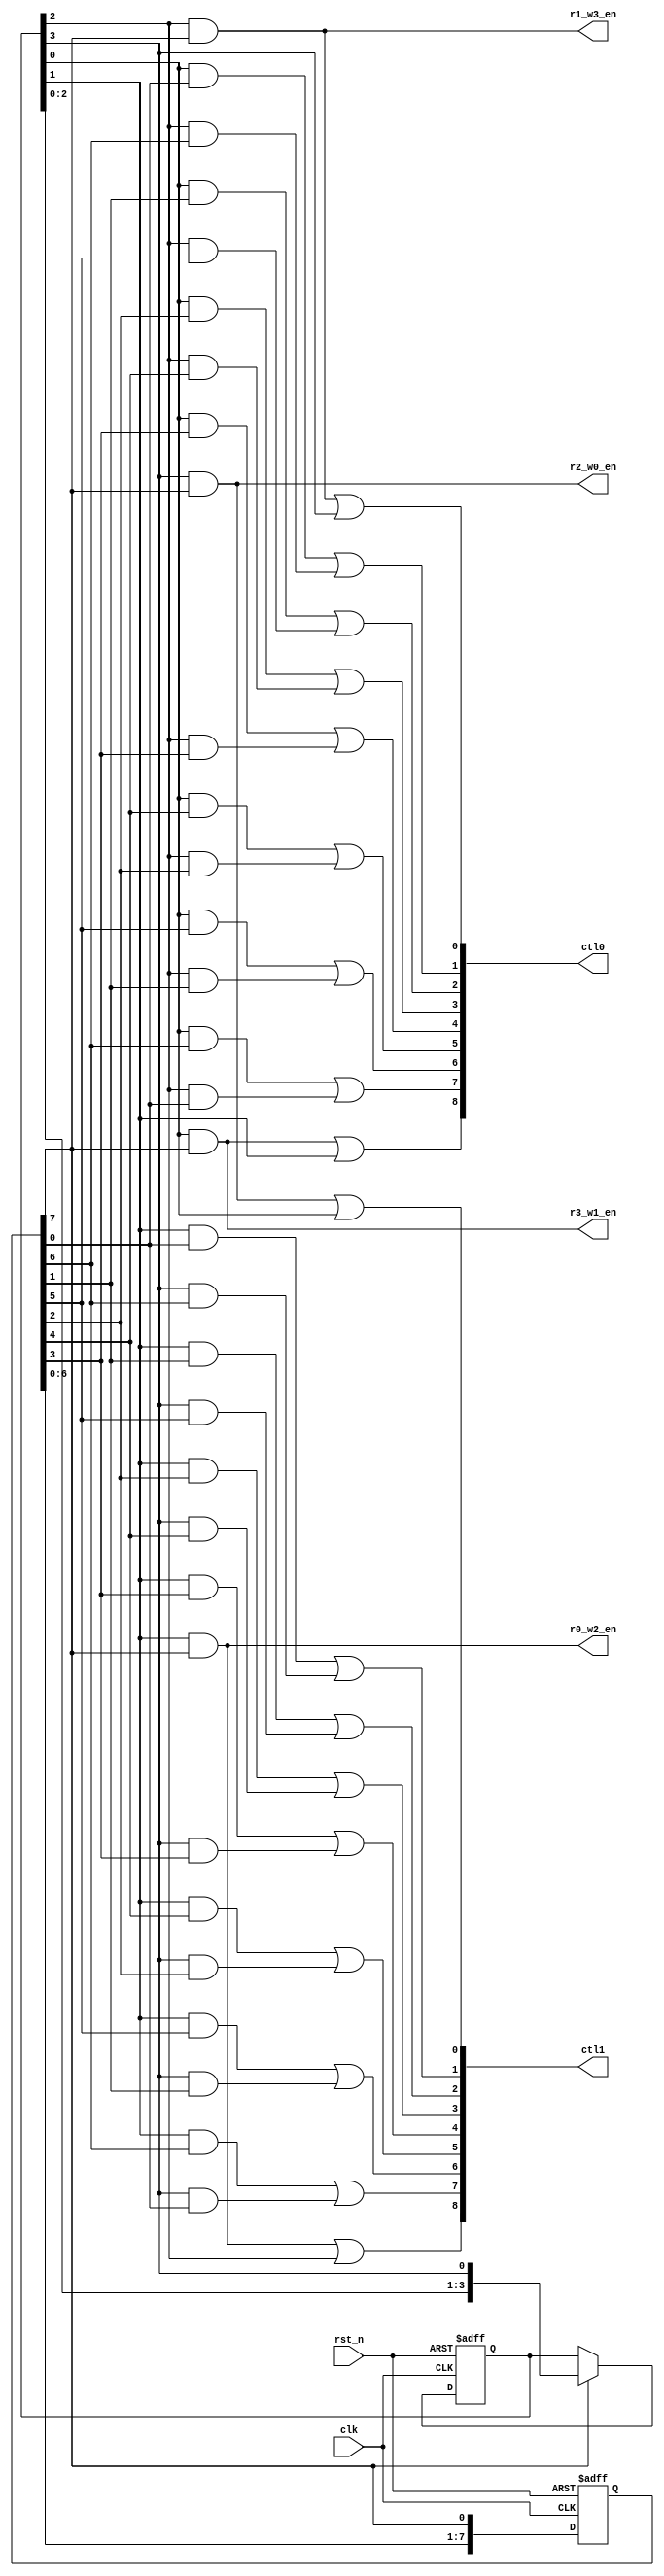
/*
 * Copyright (c) 2024 Christopher Pacejo
 * SPDX-License-Identifier: Apache-2.0
 */

`default_nettype none

module psu_sequencer #(parameter integer steps = 8) (
  input wire clk, input wire rst_n,
  output wire [steps:0] ctl0, output wire [steps:0] ctl1,
  output wire r0_w2_en, output wire r1_w3_en,
  output wire r2_w0_en, output wire r3_w1_en
);
  reg [3:0] phase;
  reg [steps-1:0] step;

  always @(posedge clk or negedge rst_n)
    if (!rst_n) begin
      phase <= 4'b1000;
      step <= 1 << (steps-1);
    end else begin
      step <= {step[steps-2:0], step[steps-1]};
      phase <= step[steps-1] ? {phase[2:0], phase[3]} : phase;
    end

  assign ctl0[0] = (phase[2] & step[steps-1]) | phase[3];
  assign ctl1[0] = (phase[3] & step[steps-1]) | phase[0];

  generate
    genvar i;
    for (i = 1; i < steps; i = i + 1) begin
      assign ctl0[i] = (phase[0] & step[i-1]) | (phase[2] & step[steps-i-1]);
      assign ctl1[i] = (phase[1] & step[i-1]) | (phase[3] & step[steps-i-1]);
    end
  endgenerate

  assign ctl0[steps] = (phase[0] & step[steps-1]) | phase[1];
  assign ctl1[steps] = (phase[1] & step[steps-1]) | phase[2];

  assign r0_w2_en = phase[1] & step[steps-1];
  assign r1_w3_en = phase[2] & step[steps-1];
  assign r2_w0_en = phase[3] & step[steps-1];
  assign r3_w1_en = phase[0] & step[steps-1];

endmodule